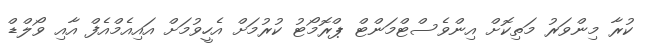
ކުރާ މިންވަރު މަތިކޮށް އިންވެސްޓްމަންޓް ޕްރޮމޯޓު ކުރުމަށް އެހީވުމަށް އައިއެމްއެފް އާއި ވޯލްޑް